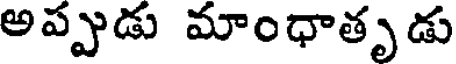
అప్పుడు మాంధాతృడు